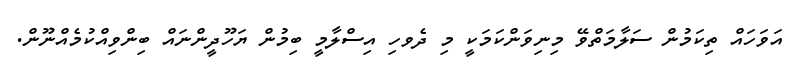
އަވަހައް ތިކަމުން ސަލާމަތްވޭ މިނިވަންކަމަކީ މި ދެވހި އިސްލާމީ ބިމުން ޔަހޫދީންނައް ބިންވިއްކުމެއްނޫން.